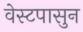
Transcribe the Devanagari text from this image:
वेस्टपासुन